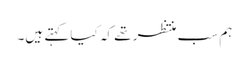
ہم سب منتظر تھے کہ کیا کہتے ہیں۔